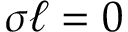
\sigma \ell = 0